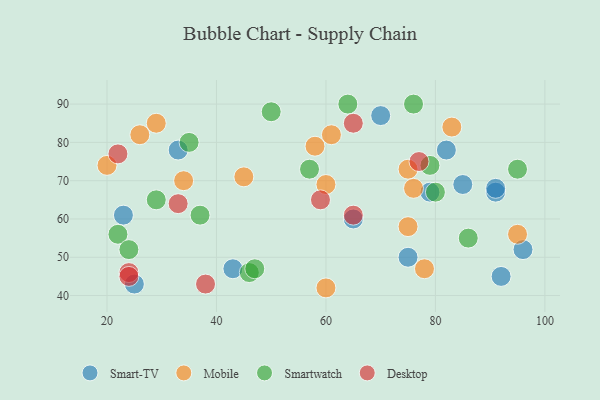
{"axis": {"x": "GDP", "y": "Life Expectancy"}, "legend": ["Desktop", "Mobile", "Smart-TV", "Smartwatch"], "data": [{"x": "25", "y": 43, "type": "Smart-TV"}, {"x": "82", "y": 78, "type": "Smart-TV"}, {"x": "92", "y": 45, "type": "Smart-TV"}, {"x": "79", "y": 67, "type": "Smart-TV"}, {"x": "75", "y": 50, "type": "Smart-TV"}, {"x": "91", "y": 67, "type": "Smart-TV"}, {"x": "23", "y": 61, "type": "Smart-TV"}, {"x": "70", "y": 87, "type": "Smart-TV"}, {"x": "43", "y": 47, "type": "Smart-TV"}, {"x": "65", "y": 60, "type": "Smart-TV"}, {"x": "96", "y": 52, "type": "Smart-TV"}, {"x": "33", "y": 78, "type": "Smart-TV"}, {"x": "85", "y": 69, "type": "Smart-TV"}, {"x": "91", "y": 68, "type": "Smart-TV"}, {"x": "76", "y": 68, "type": "Mobile"}, {"x": "60", "y": 42, "type": "Mobile"}, {"x": "75", "y": 58, "type": "Mobile"}, {"x": "26", "y": 82, "type": "Mobile"}, {"x": "61", "y": 82, "type": "Mobile"}, {"x": "78", "y": 47, "type": "Mobile"}, {"x": "34", "y": 70, "type": "Mobile"}, {"x": "95", "y": 56, "type": "Mobile"}, {"x": "58", "y": 79, "type": "Mobile"}, {"x": "29", "y": 85, "type": "Mobile"}, {"x": "75", "y": 73, "type": "Mobile"}, {"x": "83", "y": 84, "type": "Mobile"}, {"x": "20", "y": 74, "type": "Mobile"}, {"x": "60", "y": 69, "type": "Mobile"}, {"x": "45", "y": 71, "type": "Mobile"}, {"x": "22", "y": 56, "type": "Smartwatch"}, {"x": "57", "y": 73, "type": "Smartwatch"}, {"x": "86", "y": 55, "type": "Smartwatch"}, {"x": "64", "y": 90, "type": "Smartwatch"}, {"x": "50", "y": 88, "type": "Smartwatch"}, {"x": "80", "y": 67, "type": "Smartwatch"}, {"x": "37", "y": 61, "type": "Smartwatch"}, {"x": "95", "y": 73, "type": "Smartwatch"}, {"x": "46", "y": 46, "type": "Smartwatch"}, {"x": "35", "y": 80, "type": "Smartwatch"}, {"x": "76", "y": 90, "type": "Smartwatch"}, {"x": "47", "y": 47, "type": "Smartwatch"}, {"x": "79", "y": 74, "type": "Smartwatch"}, {"x": "24", "y": 52, "type": "Smartwatch"}, {"x": "29", "y": 65, "type": "Smartwatch"}, {"x": "77", "y": 75, "type": "Desktop"}, {"x": "59", "y": 65, "type": "Desktop"}, {"x": "65", "y": 61, "type": "Desktop"}, {"x": "24", "y": 46, "type": "Desktop"}, {"x": "38", "y": 43, "type": "Desktop"}, {"x": "22", "y": 77, "type": "Desktop"}, {"x": "24", "y": 45, "type": "Desktop"}, {"x": "65", "y": 85, "type": "Desktop"}, {"x": "33", "y": 64, "type": "Desktop"}]}